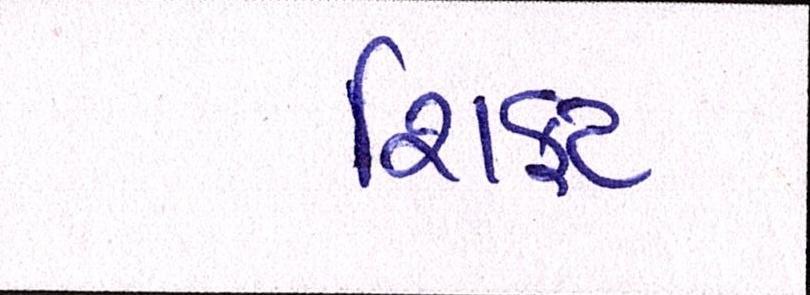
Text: શિફટ